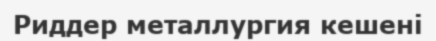
Риддер металлургия кешені